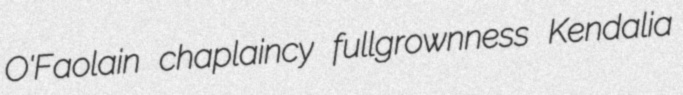
O'Faolain chaplaincy fullgrownness Kendalia